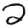
Digit: 2